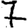
Digit: 7